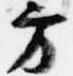
方